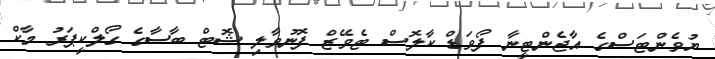
ޔުވެންޓަސްގެ އާޖެންޓީނާ ފޯވަޑް ކާލޮސް ޓެވޭޒް ފޮނުވާލި ޝޮޓް ބާސާގެ ގޯލްކީޕަރު މާކް